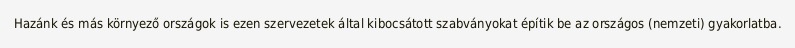
Hazánk és más környező országok is ezen szervezetek által kibocsátott szabványokat építik be az országos (nemzeti) gyakorlatba.